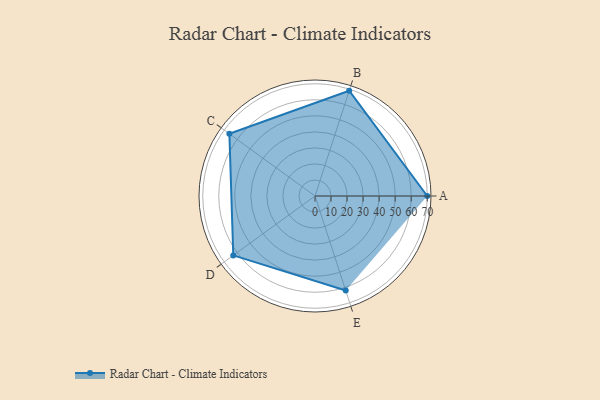
{"axis": {"x": "Skill", "y": "Score"}, "legend": ["Profile"], "data": [{"x": "A", "y": 70.0, "type": "Profile"}, {"x": "B", "y": 69.0, "type": "Profile"}, {"x": "C", "y": 66.0, "type": "Profile"}, {"x": "D", "y": 63.0, "type": "Profile"}, {"x": "E", "y": 62.0, "type": "Profile"}]}